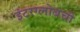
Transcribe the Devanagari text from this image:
इंटरग्लोबची